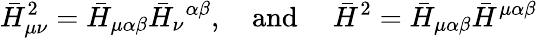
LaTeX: \bar{H}_{\mu\nu}^{2}=\bar{H}_{\mu\alpha\beta}\bar{H}_{\nu}{}^{\alpha\beta},\ \ \ \ \mathrm{and}\ \ \ \ \ \bar{H}^{2}=\bar{H}_{\mu\alpha\beta}\bar{H}^{\mu\alpha\beta}